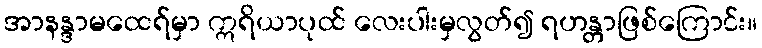
အာနန္ဒာမထေရ်မှာ ဣရိယာပုထ် လေးပါးမှလွတ်၍ ရဟန္တာဖြစ်ကြောင်း။